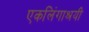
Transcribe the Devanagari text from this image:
एकलिंगाश्रयी